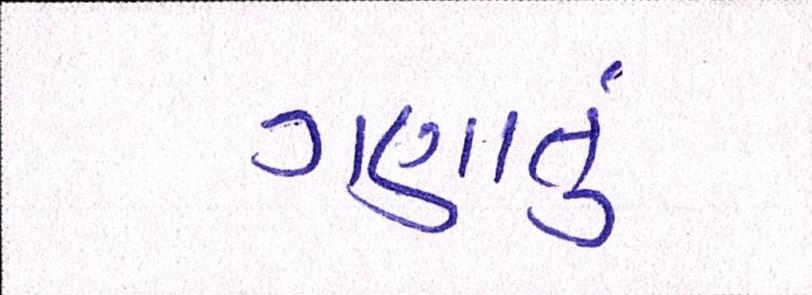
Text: ગણાતું